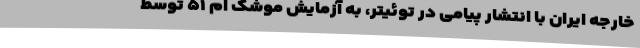
خارجه ایران با انتشار پیامی در توئیتر، به آزمایش موشک ام ۵۱ توسط